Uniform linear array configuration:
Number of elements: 8
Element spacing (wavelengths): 0.25
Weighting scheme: kaiser
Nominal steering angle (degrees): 45
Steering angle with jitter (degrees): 44.313
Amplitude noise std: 0.05
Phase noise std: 0.05

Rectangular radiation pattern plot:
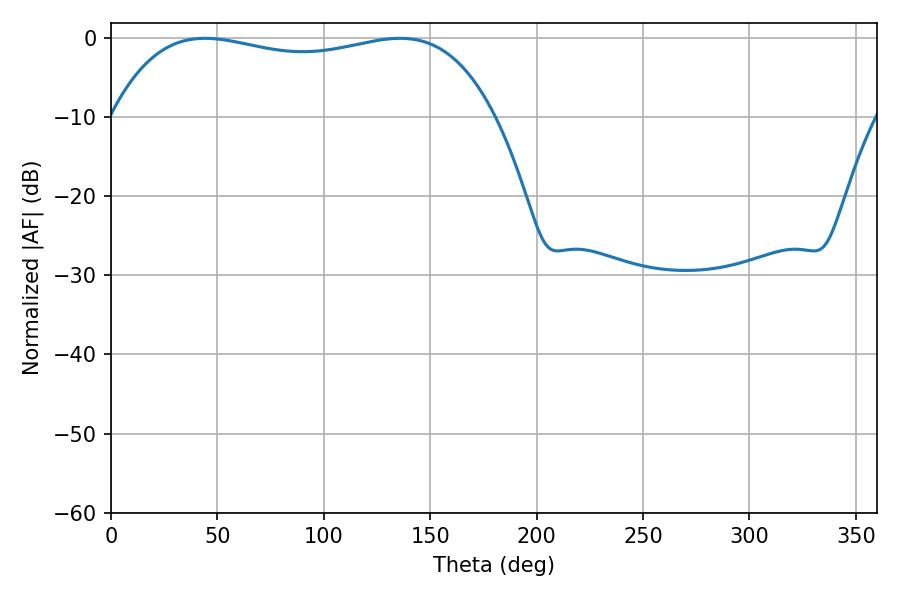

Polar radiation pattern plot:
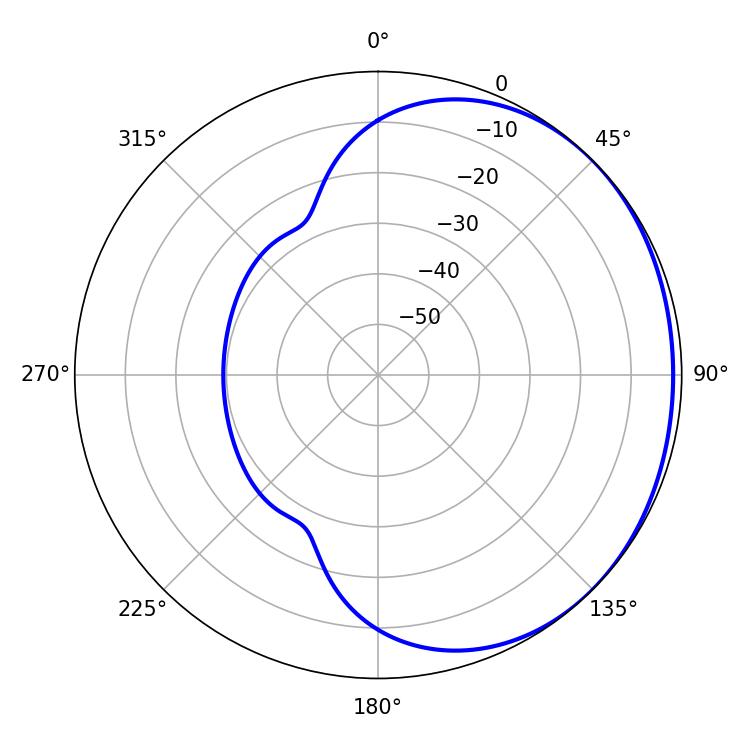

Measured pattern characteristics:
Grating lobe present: FALSE
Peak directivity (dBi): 0.9714
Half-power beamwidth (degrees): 145.44
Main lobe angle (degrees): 44.1